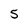
Character: 5